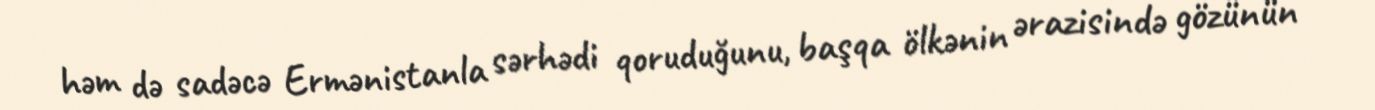
həm də sadəcə Ermənistanla sərhədi qoruduğunu, başqa ölkənin ərazisində gözünün